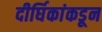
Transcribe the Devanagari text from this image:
दीर्घिकांकडून